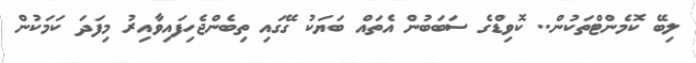
ލިބޭ ކޮމެންޓްތަކުން.. ކޮވިޑްގެ ސަބަބުން އެތައް ބަަޔަކު ގޭގައި ތިބެންޖެހިފައިވާއިރު މިފަދަ ކަމަކުން